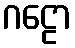
ဂဠော